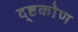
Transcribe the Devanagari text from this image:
द्ष्टकोण